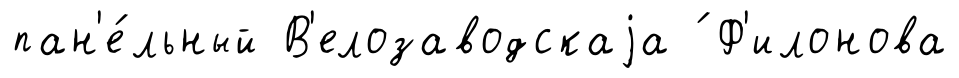
пан'е́льный В'елозаводскаjа ́ Ф'илонова